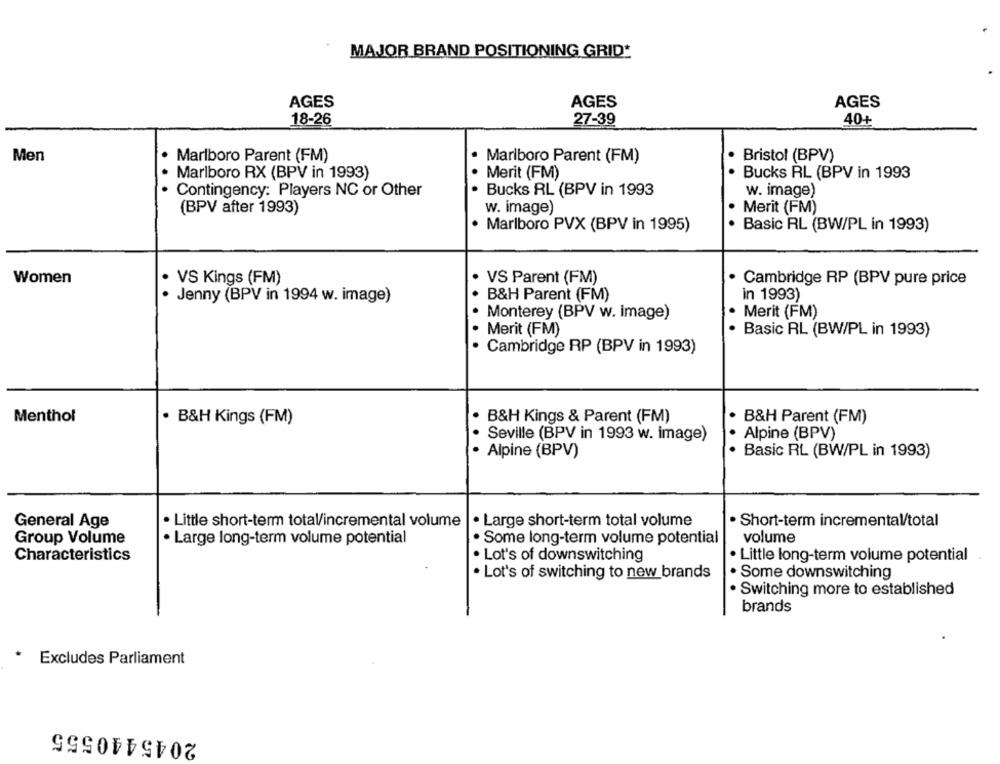
MAJOR BRAND POSITIONING GRID*
AGES
AGES
AGES
18-26
27-39
40+
Men
Marlboro Parent (FM)
Marlboro Parent (FM)
Bristol (BPV)
Marlboro RX (BPV in 1993)
Merit (FM)
. Bucks RL (BPV in 1993
Contingency: Players NC or Other
Bucks RL (BPV in 1993
w. image)
(BPV after 1993)
w. image)
· Merit (FM)
Marlboro PVX (BPV in 1995)
· Basic RL (BW/PL in 1993)
Women
VS Kings (FM)
VS Parent (FM)
· Cambridge RP (BPV pure price
. Jenny (BPV in 1994 w. image)
B&H Parent (FM)
in 1993)
Merit (FM)
Monterey (BPV w. image)
Merit (FM)
Basic RL (BW/PL in 1993)
Cambridge RP (BPV in 1993)
Menthol
. B&H Kings (FM)
. B&H Kings & Parent (FM)
B&H Parent (FM)
Alpine (BPV)
Seville (BPV in 1993 w. image)
· Alpine (BPV)
Basic RL (BW/PL in 1993)
General Age
Little short-term total/incremental volume
· Large short-term total volume
· Short-term incremental/total
Group Volume
· Large long-term volume potential
Some long-term volume potential
volume
Characteristics
Lot's of downswitching
· Little long-term volume potential
. Some downswitching
. Lot's of switching to new brands
· Switching more to established
brands
Excludes Parliament
2045440555